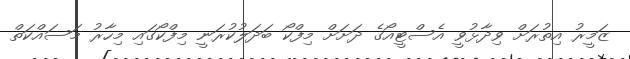
ޒަމީރު އިތުރަށް ވިދާޅުވީ އެސްޓީއޯގެ ދަށަށް މިފްކޯ ބަދަލުކުރަނީ މިފްކޯގައި މިހާރު މަސައްކަތް